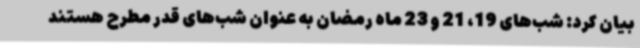
بیان کرد: شب‌های 19، 21 و 23 ماه رمضان به عنوان شب‌های قدر مطرح هستند